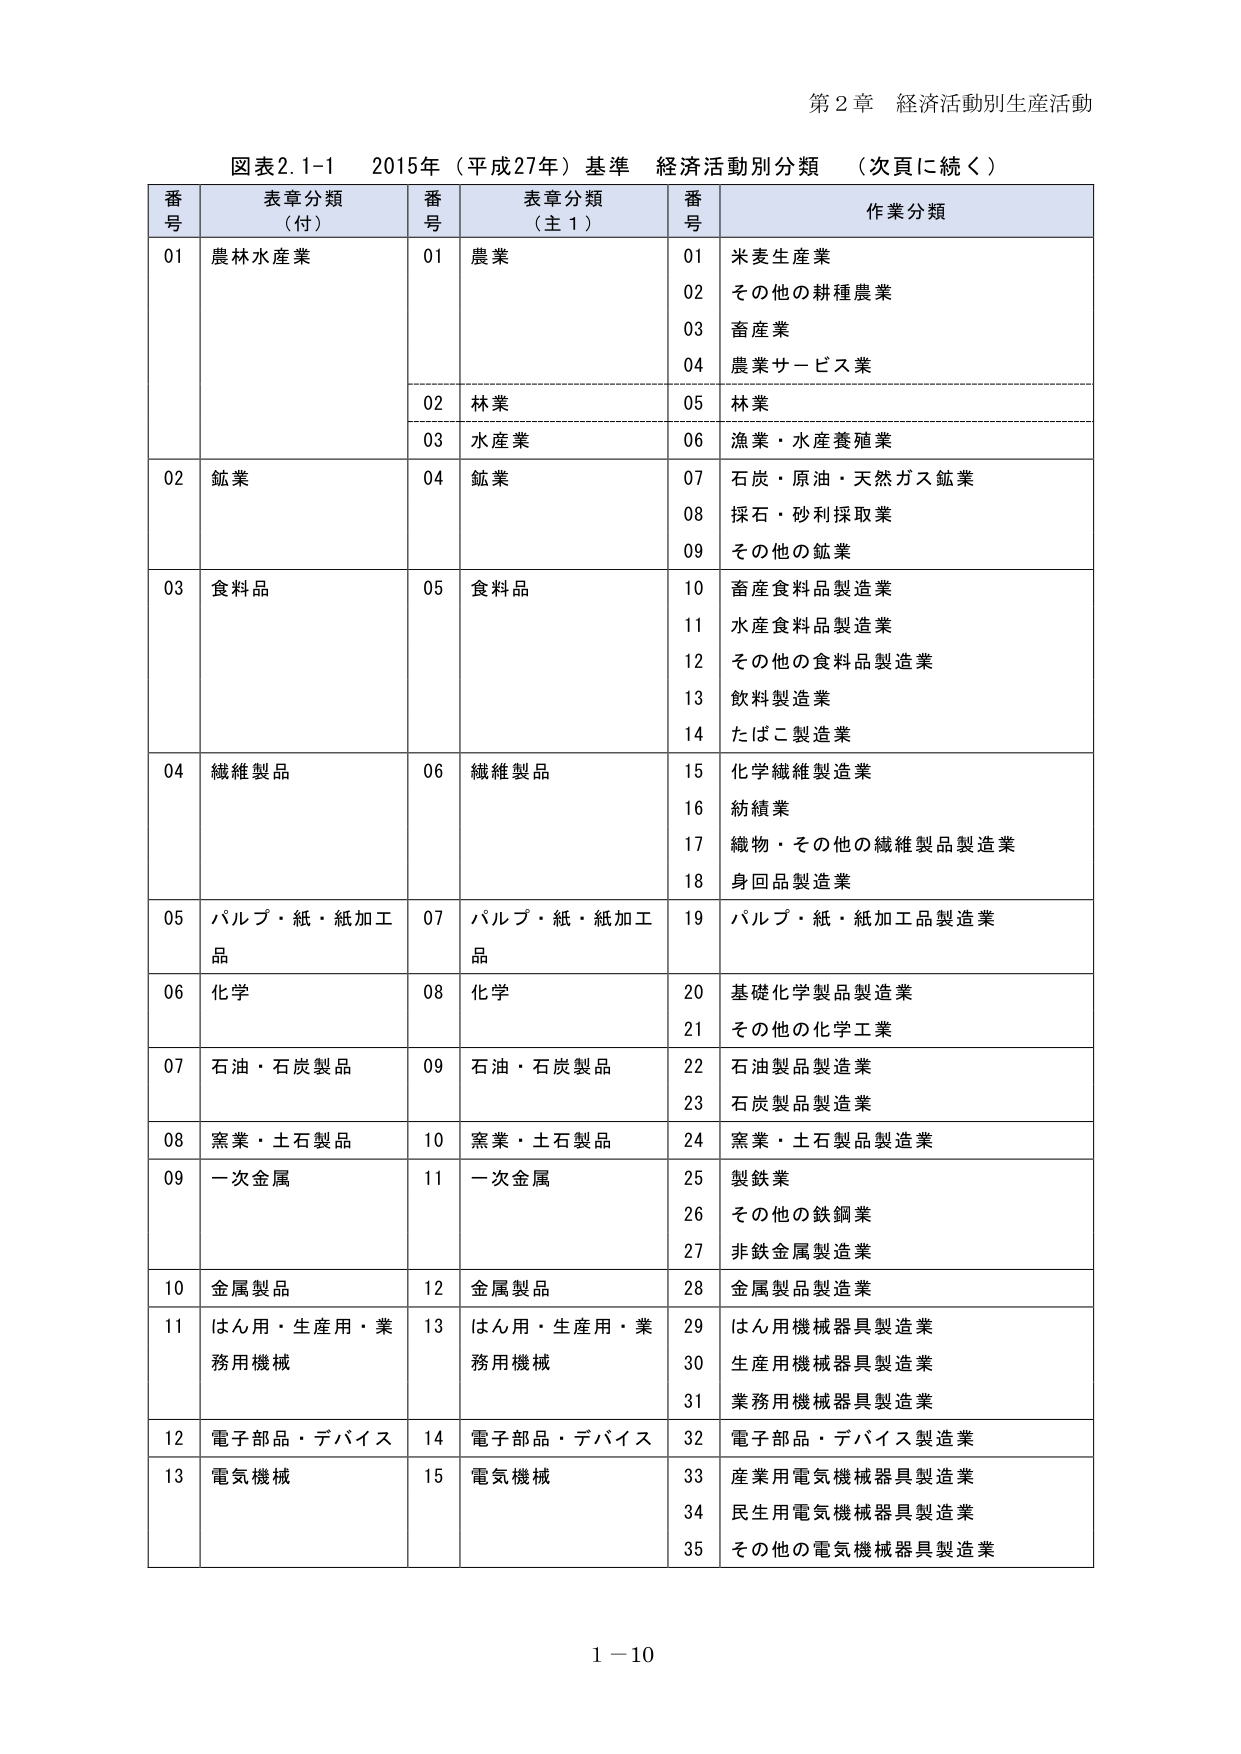
第２章 経済活動別生産活動

図表2.1-1 2015年（平成27年）基準 経済活動別分類 （次頁に続く）

番号 表章分類（付） 番号 表章分類（主1） 番号 作業分類

01 農林水産業 01 農業 01 米麦生産業
02 その他の耕種農業
03 畜産業
04 農業サービス業
02 林業 05 林業
03 水産業 06 漁業・水産養殖業

02 鉱業 04 鉱業 07 石炭・原油・天然ガス鉱業
08 採石・砂利採取業
09 その他の鉱業

03 食料品 05 食料品 10 畜産食料品製造業
11 水産食料品製造業
12 その他の食料品製造業
13 飲料製造業
14 たばこ製造業

04 繊維製品 06 繊維製品 15 化学繊維製造業
16 紡績業
17 織物・その他の繊維製品製造業
18 身回品製造業

05 パルプ・紙・紙加工品 07 パルプ・紙・紙加工品 19 パルプ・紙・紙加工品製造業

06 化学 08 化学 20 基礎化学製品製造業
21 その他の化学工業

07 石油・石炭製品 09 石油・石炭製品 22 石油製品製造業
23 石炭製品製造業

08 窯業・土石製品 10 窯業・土石製品 24 窯業・土石製品製造業

09 一次金属 11 一次金属 25 製鉄業
26 その他の鉄鋼業
27 非鉄金属製造業

10 金属製品 12 金属製品 28 金属製品製造業

11 はん用・生産用・業務用機械 13 はん用・生産用・業務用機械 29 はん用機械器具製造業
30 生産用機械器具製造業
31 業務用機械器具製造業

12 電子部品・デバイス 14 電子部品・デバイス 32 電子部品・デバイス製造業

13 電気機械 15 電気機械 33 産業用電気機械器具製造業
34 民生用電気機械器具製造業
35 その他の電気機械器具製造業

1－10